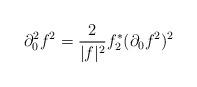
LaTeX: \begin{align*}\partial_0^2 f^2 = \frac{2}{|f|^2} f^*_2 (\partial_0 f^2)^2\end{align*}